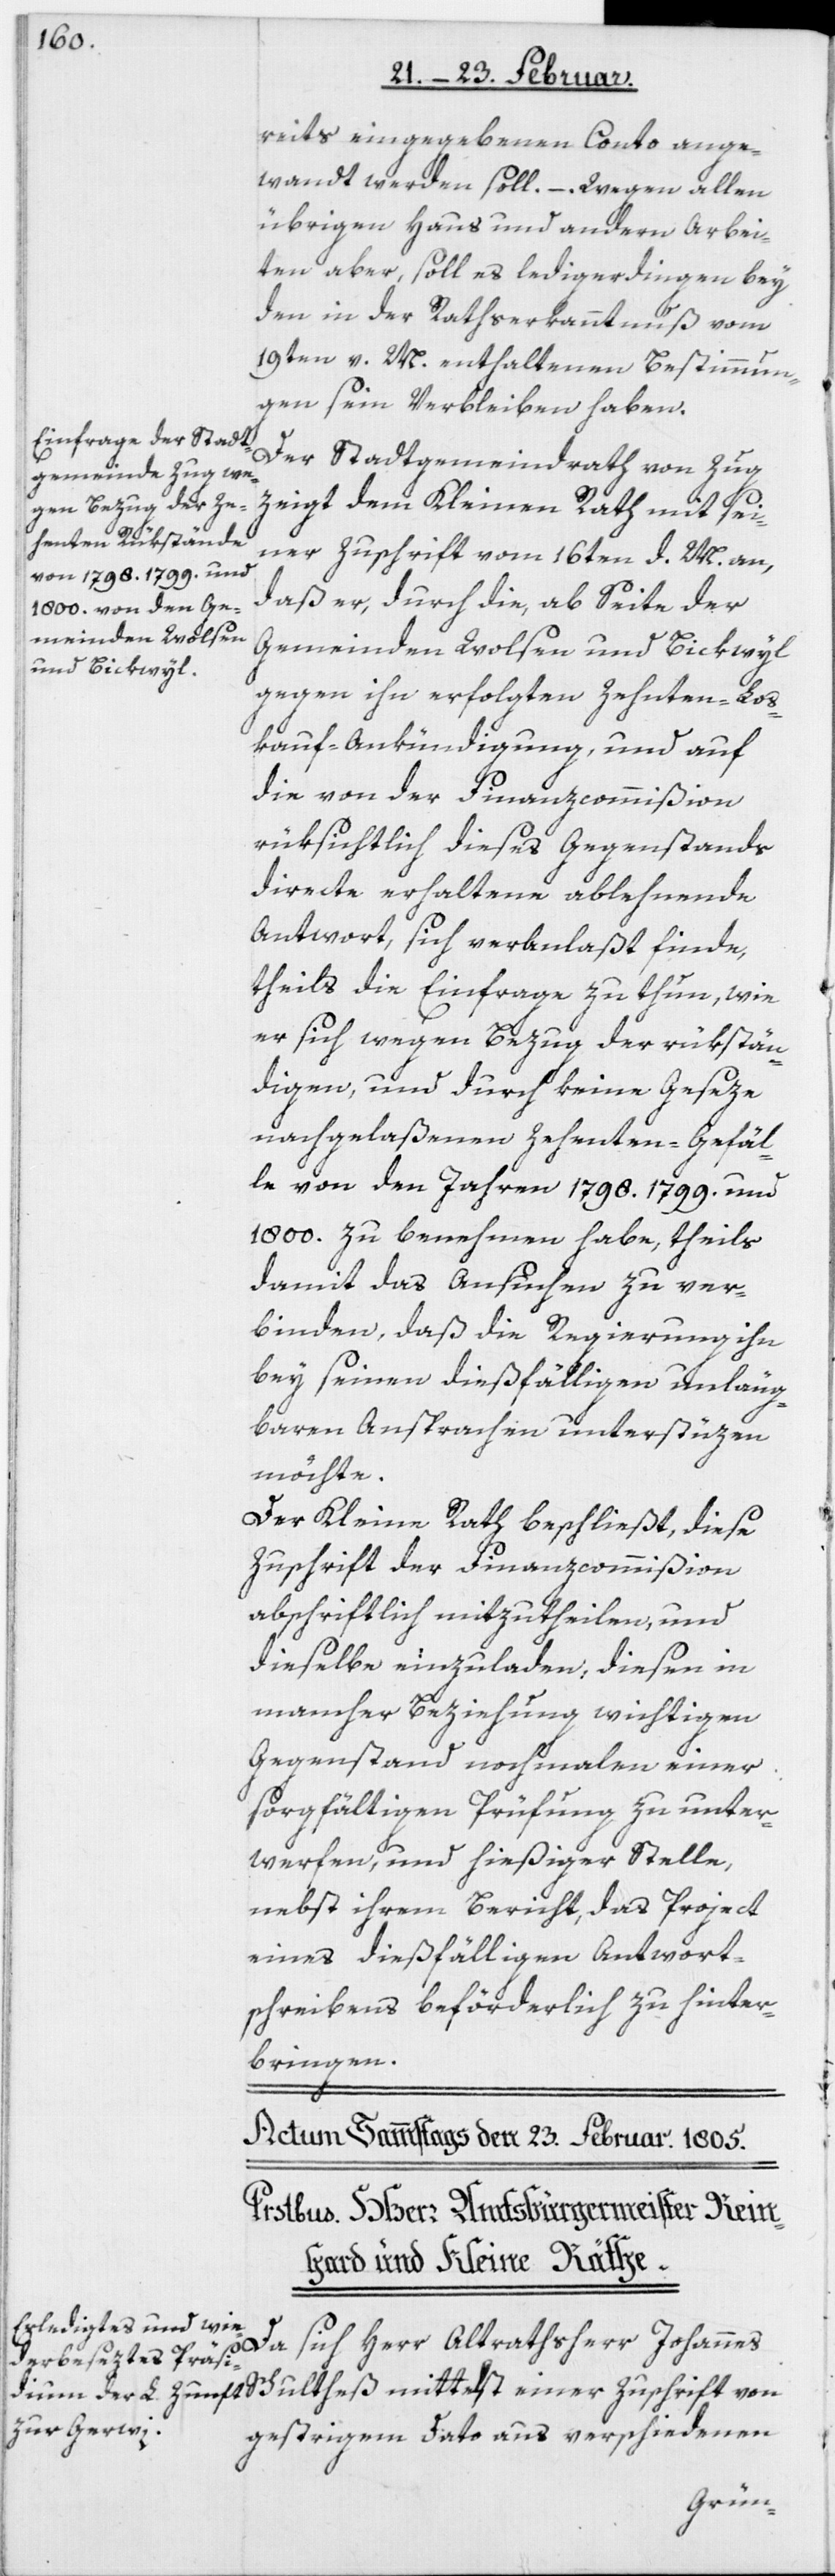
reits eingegebenen Conto ange¬
wandt werden soll. – Wegen allen
übrigen Haus[-] und andern Arbei¬
ten aber, soll es ledigerdingen bey
den in der Rathserkanntnuß vom
19ten v. M. enthaltenen Bestimmun¬
gen sein Verbleiben haben.
Der Stadtgemeindrath von Zug
zeigt dem Kleinen Rath mit sei¬
ner Zuschrift vom 16ten d. M. an,
daß er, durch die, ab Seite der
Gemeinden Wolsen und Bickwyl
gegen ihn erfolgten Zehnten-Los¬
kauf-Ankündigung, und auf
die von der Finanzcommißion
rüksichtlich dieses Gegenstands
directe erhaltene ablehnende
Antwort, sich veranlaßt finde,
theils die Einfrage zu thun, wie
er sich wegen Bezug der rükstän¬
digen, und durch keine Geseze
nachgelaßenen Zehenten-Gefäl¬
le von den Jahren 1798.[,] 1799. und
1800. zu benehmen habe, theils
damit das Ansuchen zu ver¬
binden, daß die Regierung ihn
bey seinen dießfälligen unläug¬
baren Ansprachen unterstüzen
möchte.
Der Kleine Rath beschließt, diese
Zuschrift der Finanzcommißion
abschriftlich mitzutheilen, und
dieselbe einzuladen, diesen in
mancher Beziehung wichtigen
Gegenstand nochmalen einer
sorgfältigen Prüfung zu unter¬
werfen, und hießiger Stelle,
nebst ihrem Bericht, das Project
eines dießfälligen Antwort¬
schreibens beförderlich zu hinter¬
bringen.
mittelst einer Zuschrift von
Da sich Herr Altrathsherr Johannes
gestrigem Dato aus verschiedenen